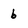
Character: b